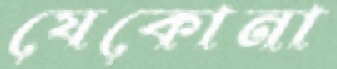
যেকোনা